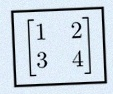
\begin{bmatrix}1&2\\3&4\end{bmatrix}